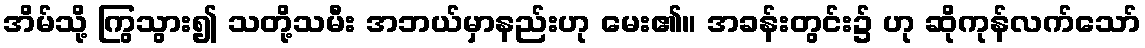
အိမ်သို့ ကြွသွား၍ သတို့သမီး အဘယ်မှာနည်းဟု မေး၏။ အခန်းတွင်း၌ ဟု ဆိုကုန်လက်သော်